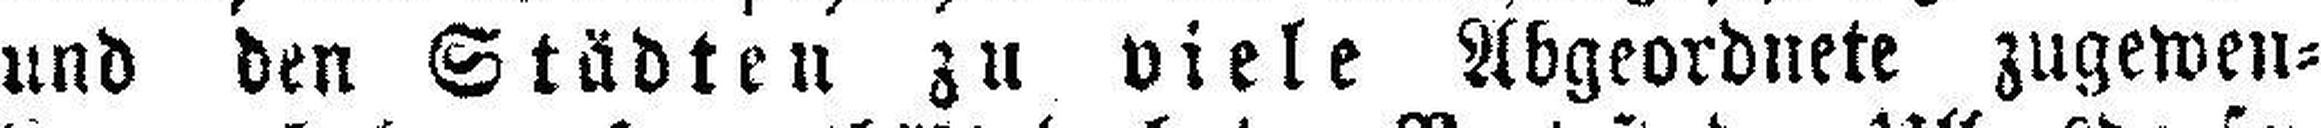
und den Städten zu viele Abgeordnete zugewen¬